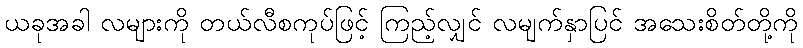
ယခုအခါ လများကို တယ်လီစကုပ်ဖြင့် ကြည့်လျှင် လမျက်နှာပြင် အသေးစိတ်တို့ကို